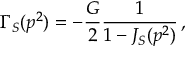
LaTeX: \Gamma _ { S } ( p ^ { 2 } ) = - { \frac { G } { 2 } } { \frac { 1 } { 1 - J _ { S } ( p ^ { 2 } ) } } \, ,